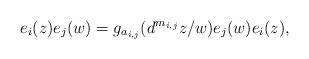
LaTeX: \begin{align*} e_i(z)e_j(w)=g_{a_{i,j}}(d^{m_{i,j}}z/w)e_j(w)e_i(z),\end{align*}